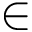
\in